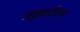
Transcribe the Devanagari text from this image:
अबुधाबीतच